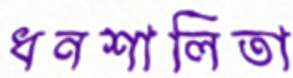
ধনশালিতা